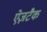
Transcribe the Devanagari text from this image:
ऐज़टैक